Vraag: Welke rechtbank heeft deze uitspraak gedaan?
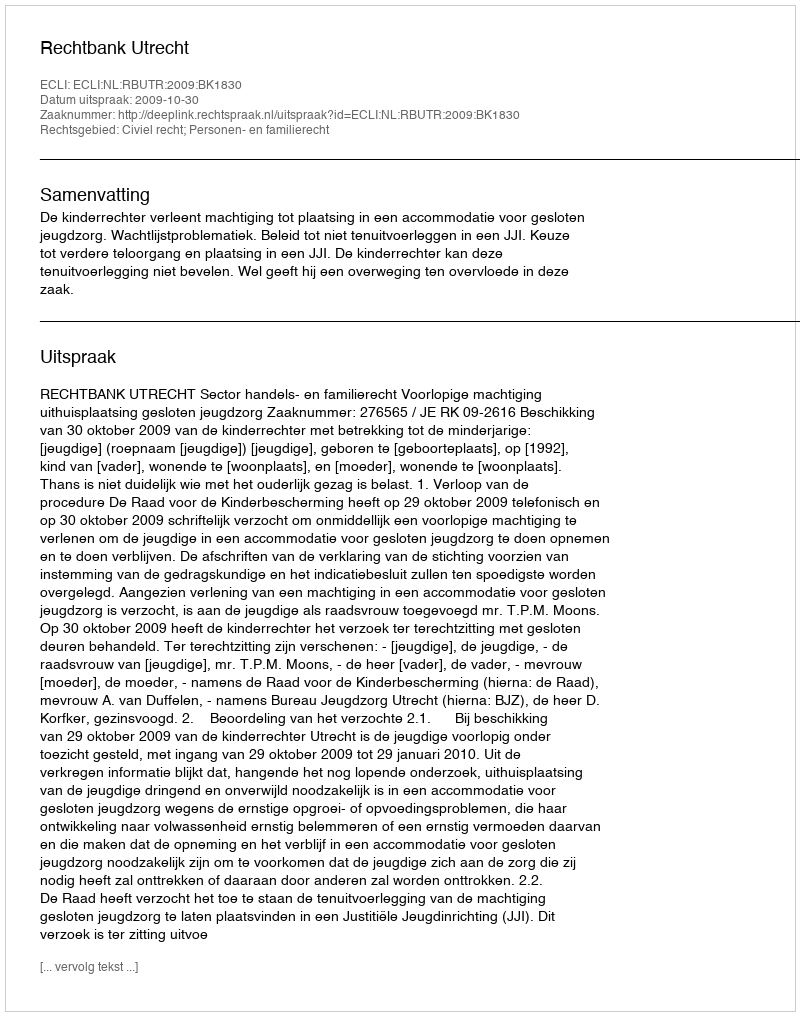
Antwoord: Rechtbank Utrecht